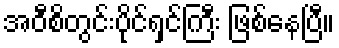
အဝီစိတွင်းပိုင်ရှင်ကြီး ဖြစ်နေပြီ။